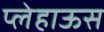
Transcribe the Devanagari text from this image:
प्लेहाऊस